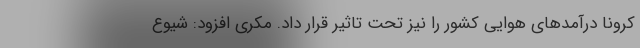
کرونا درآمدهای هوایی کشور را نیز تحت تاثیر قرار داد. مکری افزود: شیوع